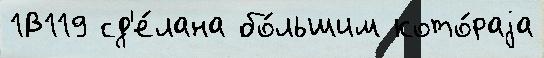
1В119 сд'е́лана бо́льшим кото́раjа